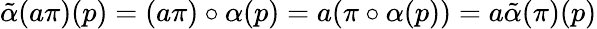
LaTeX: \tilde{\alpha}(a\pi)(p)=(a\pi)\circ\alpha(p)=a(\pi\circ\alpha(p))=a\tilde{\alpha}(\pi)(p)